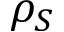
\rho _ { S }